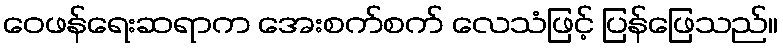
ဝေဖန်ရေးဆရာက အေးစက်စက် လေသံဖြင့် ပြန်ဖြေသည်။